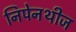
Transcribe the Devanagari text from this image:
निपेनथीज